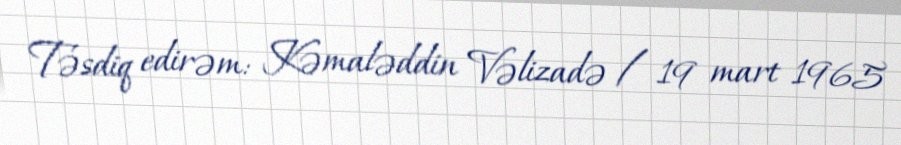
Təsdiq edirəm: Kəmaləddin Vəlizadə / 19 mart 1965